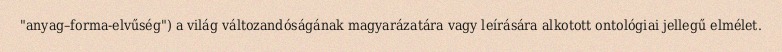
"anyag–forma-elvűség") a világ változandóságának magyarázatára vagy leírására alkotott ontológiai jellegű elmélet.